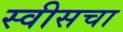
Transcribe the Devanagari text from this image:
स्वीसचा